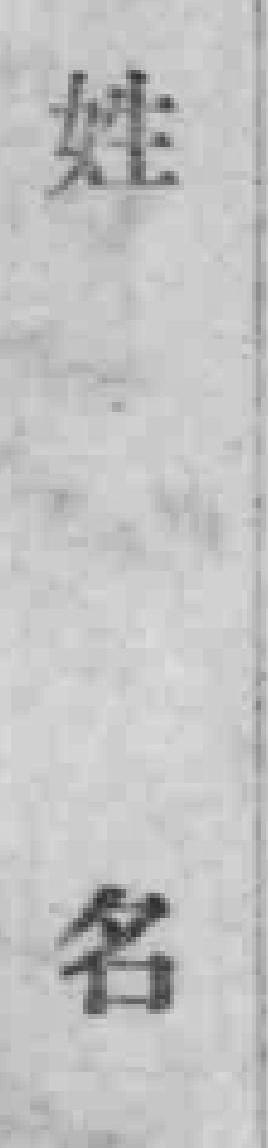
姓名